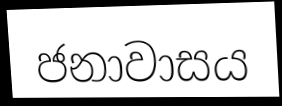
ජනාවාසය